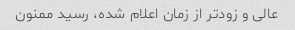
عالی و زودتر از زمان اعلام شده، رسید ممنون